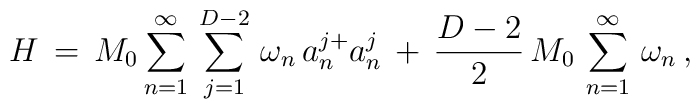
H\,=\,M_0\sum_{n=1}^{\infty}\,\sum_{j=1}^{D-2}\,\omega_n\,a^{j+}_na^{j}_n\,+\,\frac{D-2}{2}\,M_0\,\sum_{n=1}^{\infty}\,\omega_n\,{,}